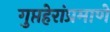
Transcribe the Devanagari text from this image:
गुप्तहेरांप्रमाणे